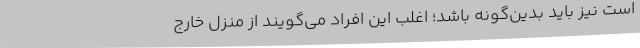
است نیز باید بدین‌گونه باشد؛ اغلب این افراد می‌گویند از منزل خارج